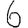
Digit: 6